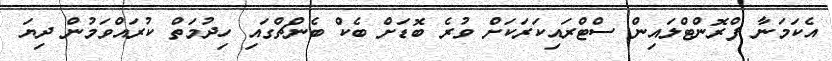
އެކަމަނާ ފްރޮންޓްލައިން ސްޓްރައިކަރަކަށް ވުރެ ބޮޑަށް ބެކް ބެންޗްގައި ހިދުމަތް ކުރައްވަމުން ދިޔަ